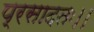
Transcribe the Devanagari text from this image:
प्रसादतः।।